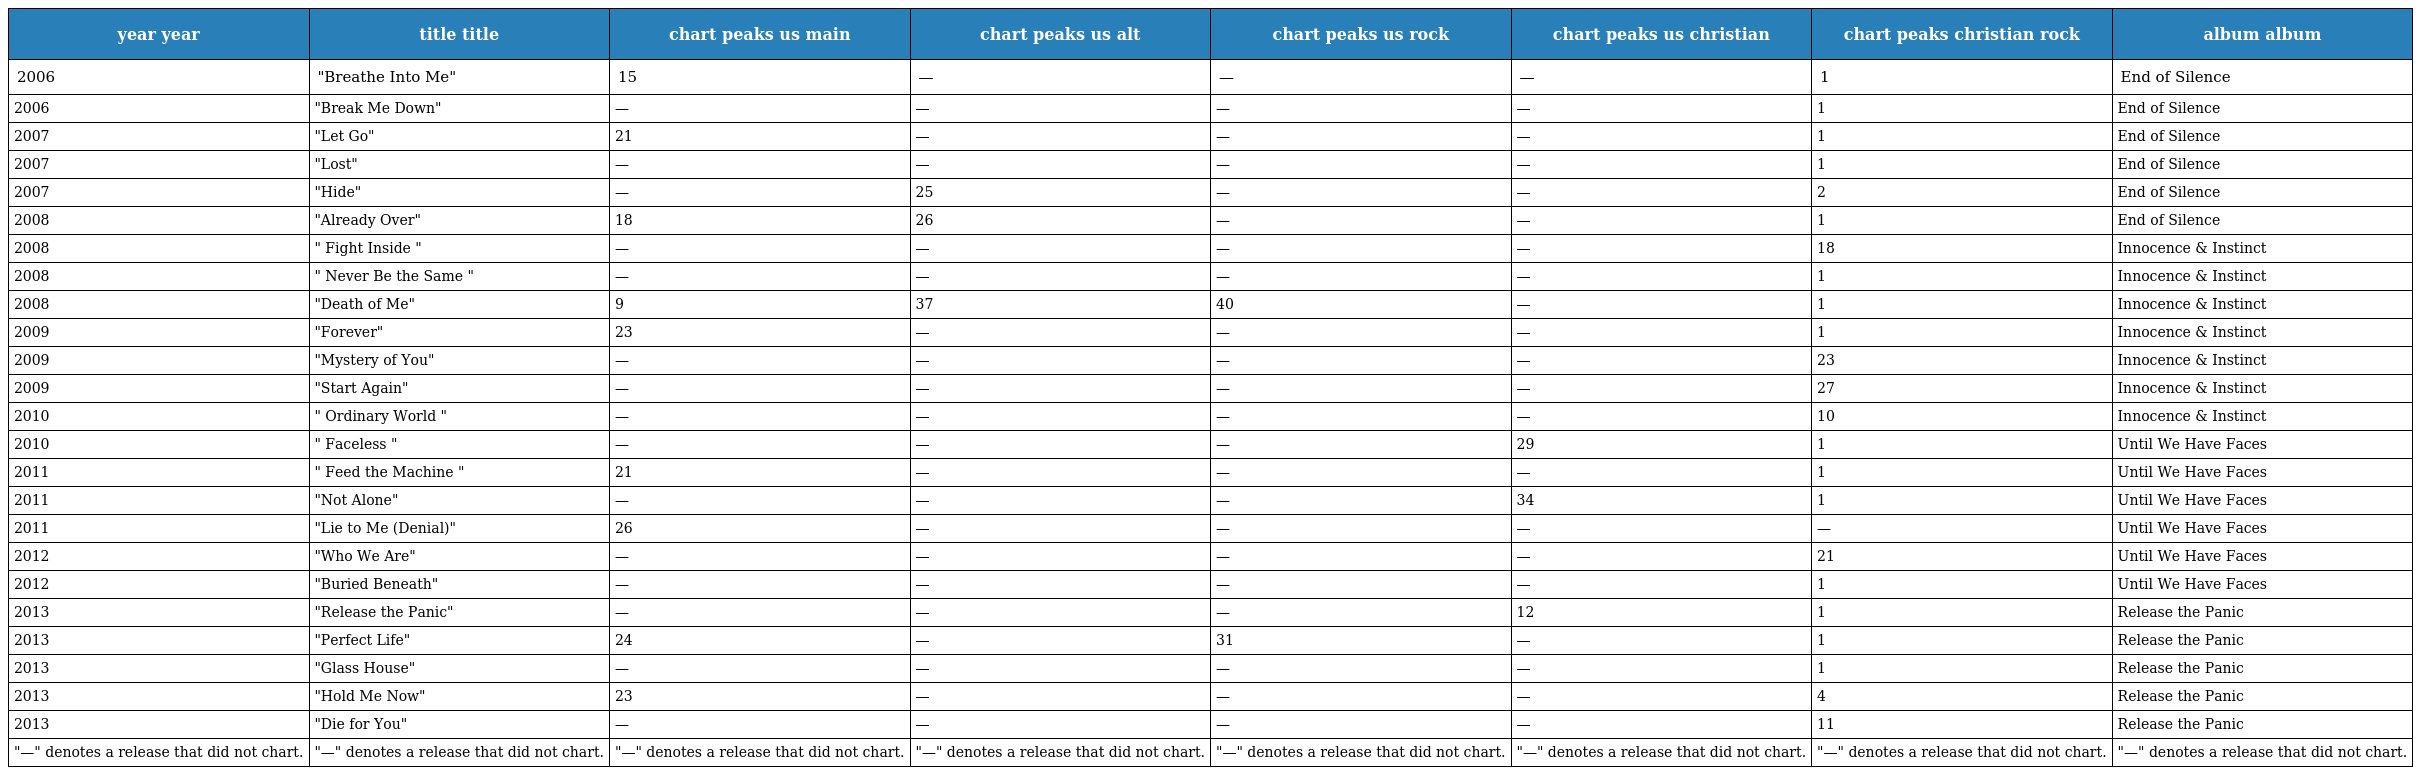
| year year | title title | chart peaks us main | chart peaks us alt | chart peaks us rock | chart peaks us christian | chart peaks christian rock | album album |
 | --- | --- | --- | --- | --- | --- | --- | --- |
 | 2006 | "Breathe Into Me" | 15 | — | — | — | 1 | End of Silence |
 | 2006 | "Break Me Down" | — | — | — | — | 1 | End of Silence |
 | 2007 | "Let Go" | 21 | — | — | — | 1 | End of Silence |
 | 2007 | "Lost" | — | — | — | — | 1 | End of Silence |
 | 2007 | "Hide" | — | 25 | — | — | 2 | End of Silence |
 | 2008 | "Already Over" | 18 | 26 | — | — | 1 | End of Silence |
 | 2008 | " Fight Inside " | — | — | — | — | 18 | Innocence & Instinct |
 | 2008 | " Never Be the Same " | — | — | — | — | 1 | Innocence & Instinct |
 | 2008 | "Death of Me" | 9 | 37 | 40 | — | 1 | Innocence & Instinct |
 | 2009 | "Forever" | 23 | — | — | — | 1 | Innocence & Instinct |
 | 2009 | "Mystery of You" | — | — | — | — | 23 | Innocence & Instinct |
 | 2009 | "Start Again" | — | — | — | — | 27 | Innocence & Instinct |
 | 2010 | " Ordinary World " | — | — | — | — | 10 | Innocence & Instinct |
 | 2010 | " Faceless " | — | — | — | 29 | 1 | Until We Have Faces |
 | 2011 | " Feed the Machine " | 21 | — | — | — | 1 | Until We Have Faces |
 | 2011 | "Not Alone" | — | — | — | 34 | 1 | Until We Have Faces |
 | 2011 | "Lie to Me (Denial)" | 26 | — | — | — | — | Until We Have Faces |
 | 2012 | "Who We Are" | — | — | — | — | 21 | Until We Have Faces |
 | 2012 | "Buried Beneath" | — | — | — | — | 1 | Until We Have Faces |
 | 2013 | "Release the Panic" | — | — | — | 12 | 1 | Release the Panic |
 | 2013 | "Perfect Life" | 24 | — | 31 | — | 1 | Release the Panic |
 | 2013 | "Glass House" | — | — | — | — | 1 | Release the Panic |
 | 2013 | "Hold Me Now" | 23 | — | — | — | 4 | Release the Panic |
 | 2013 | "Die for You" | — | — | — | — | 11 | Release the Panic |
 | "—" denotes a release that did not chart. | "—" denotes a release that did not chart. | "—" denotes a release that did not chart. | "—" denotes a release that did not chart. | "—" denotes a release that did not chart. | "—" denotes a release that did not chart. | "—" denotes a release that did not chart. | "—" denotes a release that did not chart. |